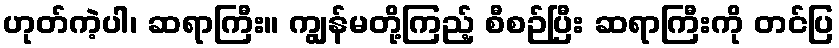
ဟုတ်ကဲ့ပါ၊ ဆရာကြီး။ ကျွန်မတို့ကြည့် စီစဉ်ပြီး ဆရာကြီးကို တင်ပြ